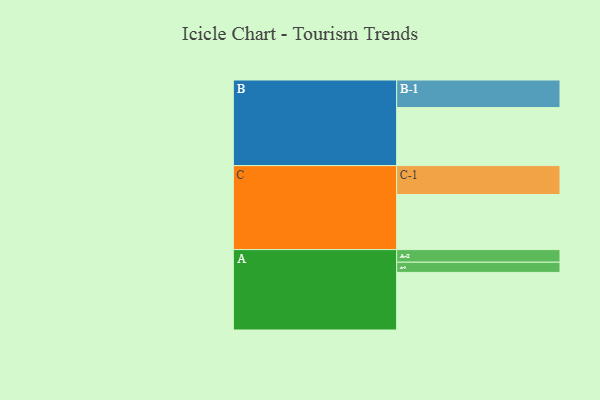
{"axis": {"x": "Segment", "y": "Value"}, "legend": ["", "A", "B", "C"], "data": [{"x": "A", "y": 530, "type": ""}, {"x": "B", "y": 534, "type": ""}, {"x": "C", "y": 507, "type": ""}, {"x": "A-1", "y": 94, "type": "A"}, {"x": "A-2", "y": 116, "type": "A"}, {"x": "B-1", "y": 254, "type": "B"}, {"x": "C-1", "y": 266, "type": "C"}]}